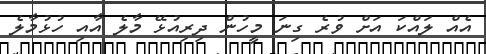
އެއް ލައްކަ އަށް ވުރެ ގިނަ މީހުން ދިރިއުޅޭ މާލެ އާއި ހުޅުމާލެ